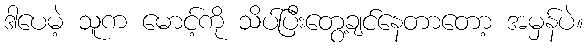
ဒါပေမဲ့ သူက မောင့်ကို သိပ်ပြီးတွေ့ချင်နေတာတော့ အမှန်ပဲ။